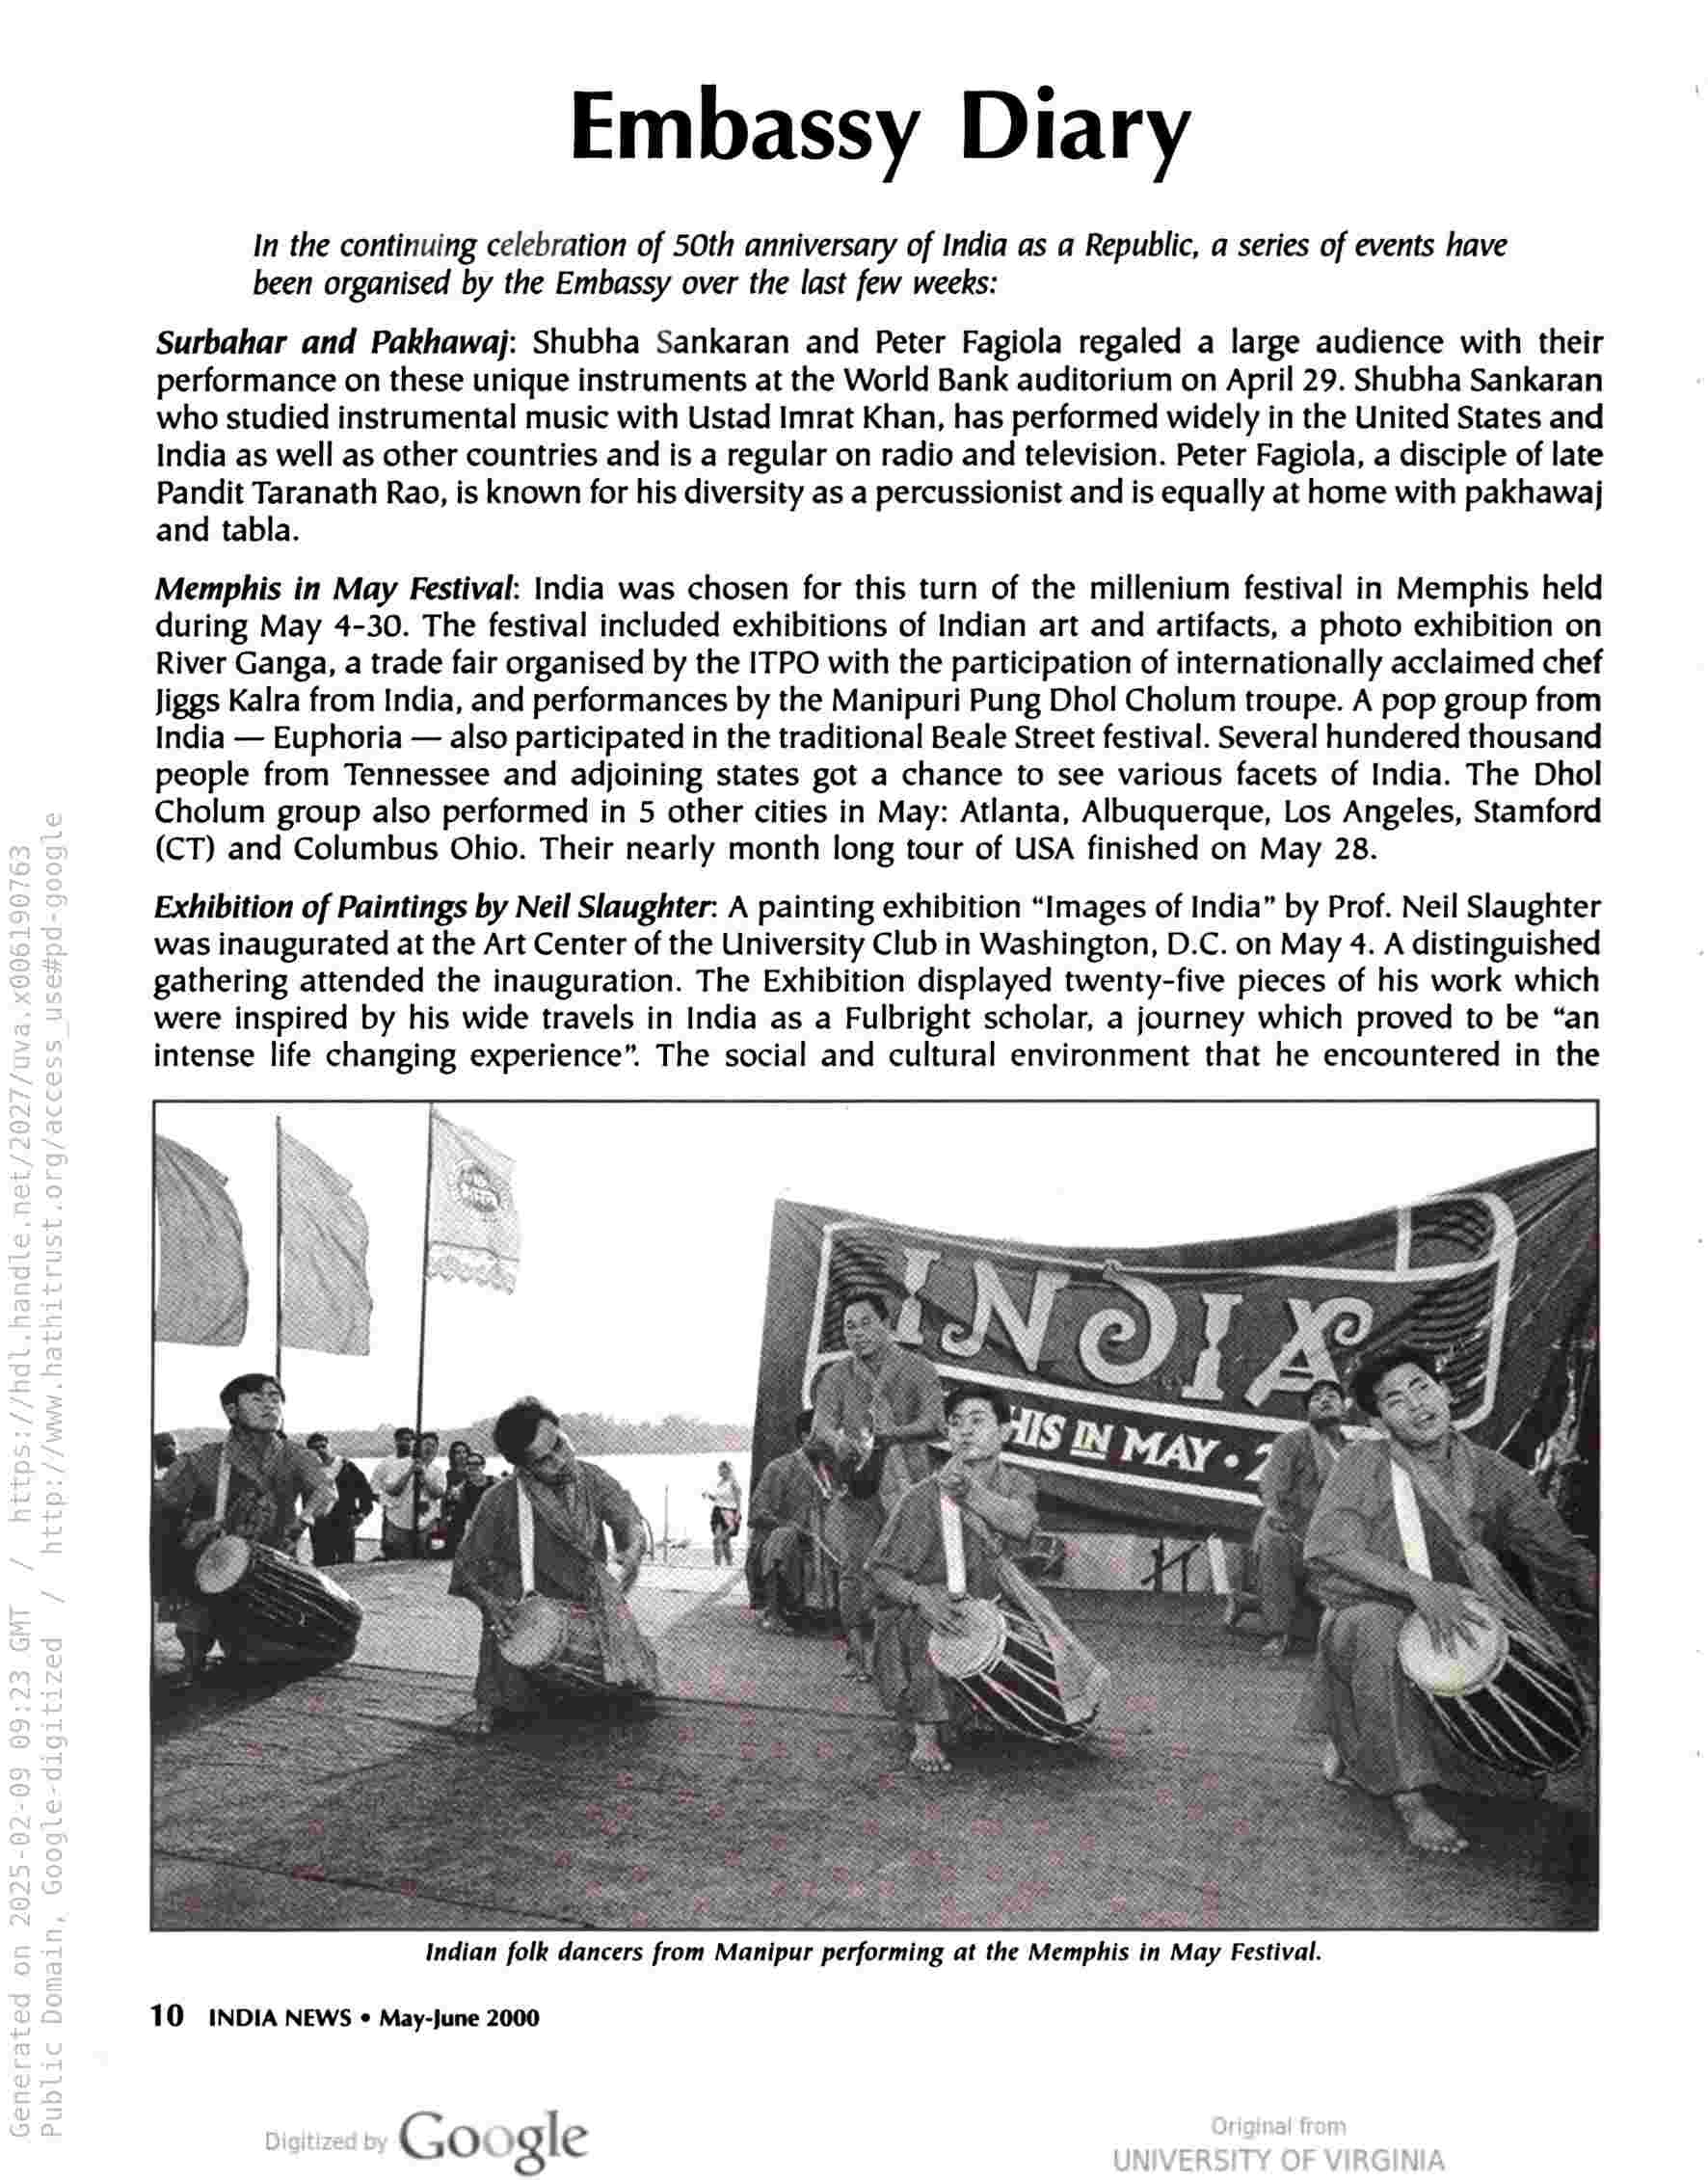
Embassy Diary

In the continuing celebration of 50th anniversary of India as a Republic, a series of events have
been organised by the Embassy over the last few weeks:

Surbahar and Pakhawaj: Shubha Sankaran and Peter Fagiola regaled a large audience with their
performance on these unique instruments at the World Bank auditorium on April 29. Shubha Sankaran
who studied instrumental music with Ustad Imrat Khan, has performed widely in the United States and
India as well as other countries and is a regular on radio and television. Peter Fagiola, a disciple of late
Pandit Taranath Rao, is known for his diversity as a percussionist and is equally at home with pakhawaj
and tabla.

Memphis in May Festival: India was chosen for this turn of the millenium festival in Memphis held
during May 4-30. The festival included exhibitions of Indian art and artifacts, a photo exhibition on
River Ganga, a trade fair organised by the ITPO with the participation of internationally acclaimed chef
Jiggs Kalra from India, and performances by the Manipuri Pung Dhol Cholum troupe. A pop group from
India — Euphoria — also participated in the traditional Beale Street festival. Several hundered thousand
people from Tennessee and adjoining states got a chance to see various facets of India. The Dhol
Cholum group also performed in 5 other cities in May: Atlanta, Albuquerque, Los Angeles, Stamford
(CT) and Columbus Ohio. Their nearly month long tour of USA finished on May 28.

Exhibition of Paintings by Neil Slaughter: A painting exhibition “Images of India” by Prof. Neil Slaughter
was inaugurated at the Art Center of the University Club in Washington, D.C. on May 4. A distinguished
gathering attended the inauguration. The Exhibition displayed twenty-five pieces of his work which
were inspired by his wide travels in India as a Fulbright scholar, a journey which proved to be “an
intense life changing experience”. The social and cultural environment that he encountered in the

¥ et ae or ae y BS Sher = Sansa SS
Indian folk dancers from Manipur performing at the Memphis in May Festival.

10 INDIA NEWS « May-June 2000

a Google